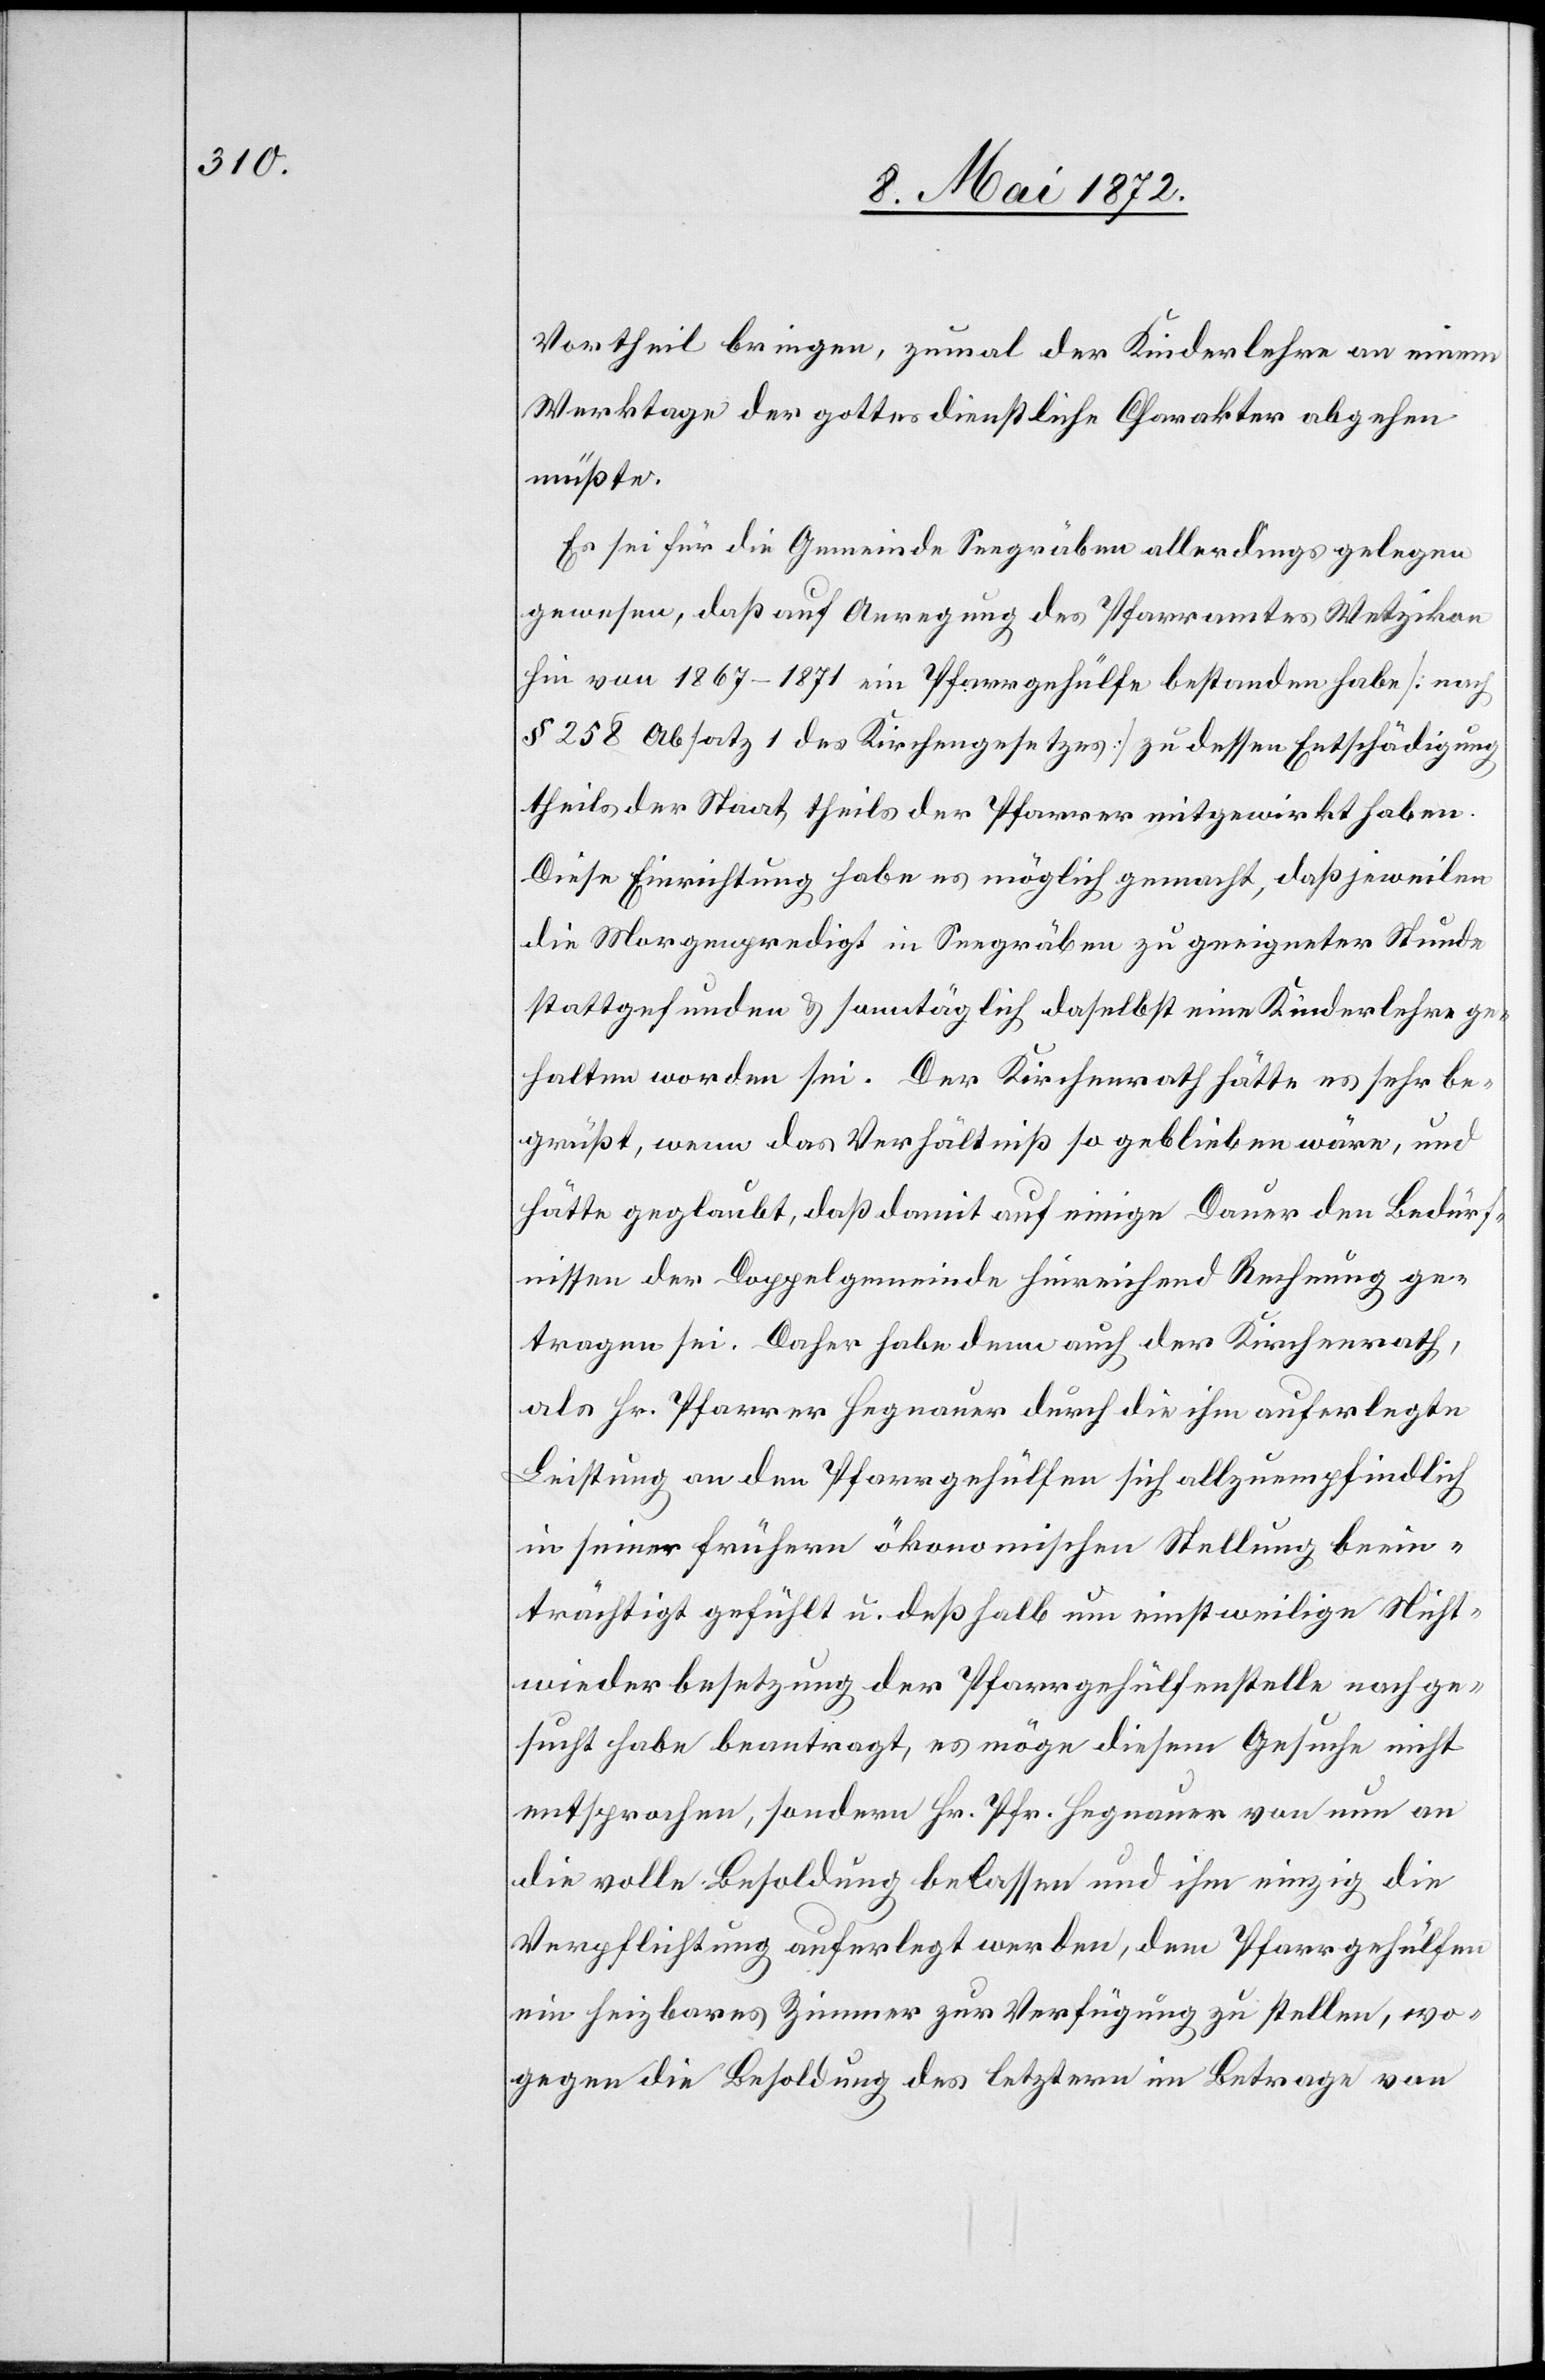
Vortheil bringen, zumal der Kinderlehre an einem
Werktage der gottesdienstliche Charakter abgehen
müßte.
Es sei für die Gemeinde Seegräben allerdings gelegen
gewesen, daß auf Anregung des Pfarramtes Wetzikon
hin von 1867–1871 ein Pfarrgehülfe bestanden habe [nach
§ 258 Absatz 1 des Kirchengesetzes] zu dessen Entschädigung
theils der Staat theils der Pfarrer mitgewirkt haben.
Diese Einrichtung habe es möglich gemacht, daß jeweilen
die Morgenpredigt in Seegräben zu geeigneter Stunde
stattgefunden u. sonntäglich daselbst eine Kinderlehre ge¬
halten worden sei. Der Kirchenrath hätte es sehr be¬
grüßt, wenn das Verhältniß so geblieben wäre, und
hätte geglaubt, daß damit auf einige Dauer den Bedürf¬
nissen der Doppelgemeinde hinreichend Rechnung ge¬
tragen sei. Daher habe denn auch der Kirchenrath,
als Hr. Pfarrer Hegnauer durch die ihm auferlegte
Leistung an den Pfarrgehülfen sich allzuempfindlich
in seiner frühern ökonomischen Stellung beein¬
trächtigt gefühlt u. deßhalb um einstweilige Nicht¬
wiederbesetzung der Pfarrgehülfenstelle nachge¬
sucht habe beantragt, es möge diesem Gesuche nicht
entsprochen, sondern Hr. Pfr. Hegnauer von nun an
die volle Besoldung belassen und ihm einzig die
Verpflichtung auferlegt werden, dem Pfarrgehülfen
ein heizbares Zimmer zur Verfügung zu stellen, wo¬
gegen die Besoldung des letztern im Betrage von